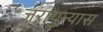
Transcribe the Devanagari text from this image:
जरायुन्यास